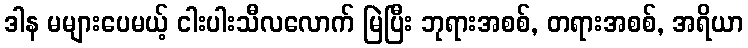
ဒါန မများပေမယ့် ငါးပါးသီလလောက် မြဲပြီး ဘုရားအစစ်, တရားအစစ်, အရိယာ